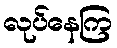
လုပ်နေကြ